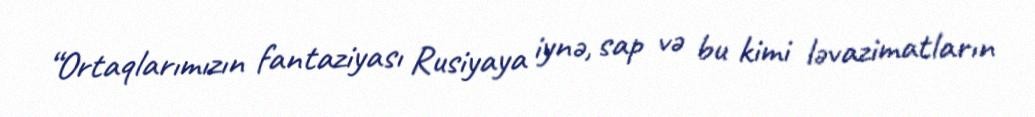
“Ortaqlarımızın fantaziyası Rusiyaya iynə, sap və bu kimi ləvazimatların